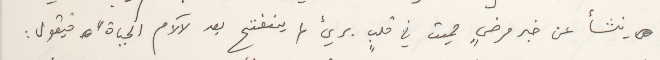
ينشأ عن خبر مرضٍ مميت في قلبٍ بريء لم ينفتح بعد لآلام الحياة " فيقول :